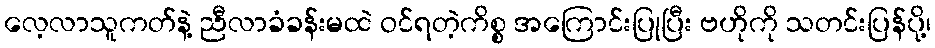
လေ့လာသူကတ်နဲ့ ညီလာခံခန်းမထဲ ဝင်ရတဲ့ကိစ္စ အကြောင်းပြုပြီး ဗဟိုကို သတင်းပြန်ပို့၊